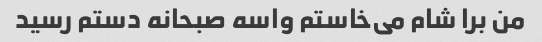
من برا شام می‌خاستم واسه صبحانه دستم رسید